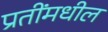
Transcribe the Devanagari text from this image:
प्रतींमधील